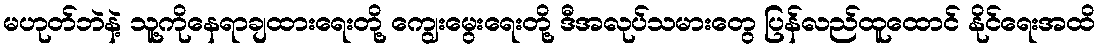
မဟုတ်ဘဲနဲ့ သူ့ကိုနေရာချထားရေးတို့ ကျွေးမွေးရေးတို့ ဒီအလုပ်သမားတွေ ပြန်လည်ထူထောင် နိုင်ရေးအထိ